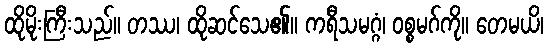
ထိုမိုးကြီးသည်။ တဿ၊ ထိုဆင်သေ၏။ ကရီသမဂ္ဂံ၊ ဝစ္စမဂ်ကို။ တေမယိ၊